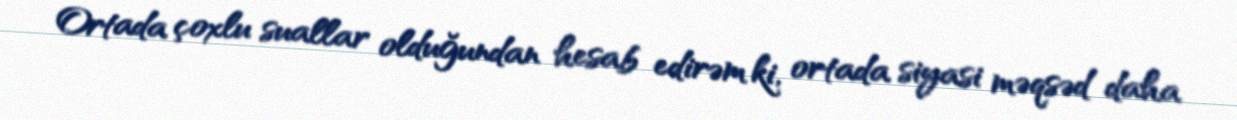
Ortada çoxlu suallar olduğundan hesab edirəm ki, ortada siyasi məqsəd daha